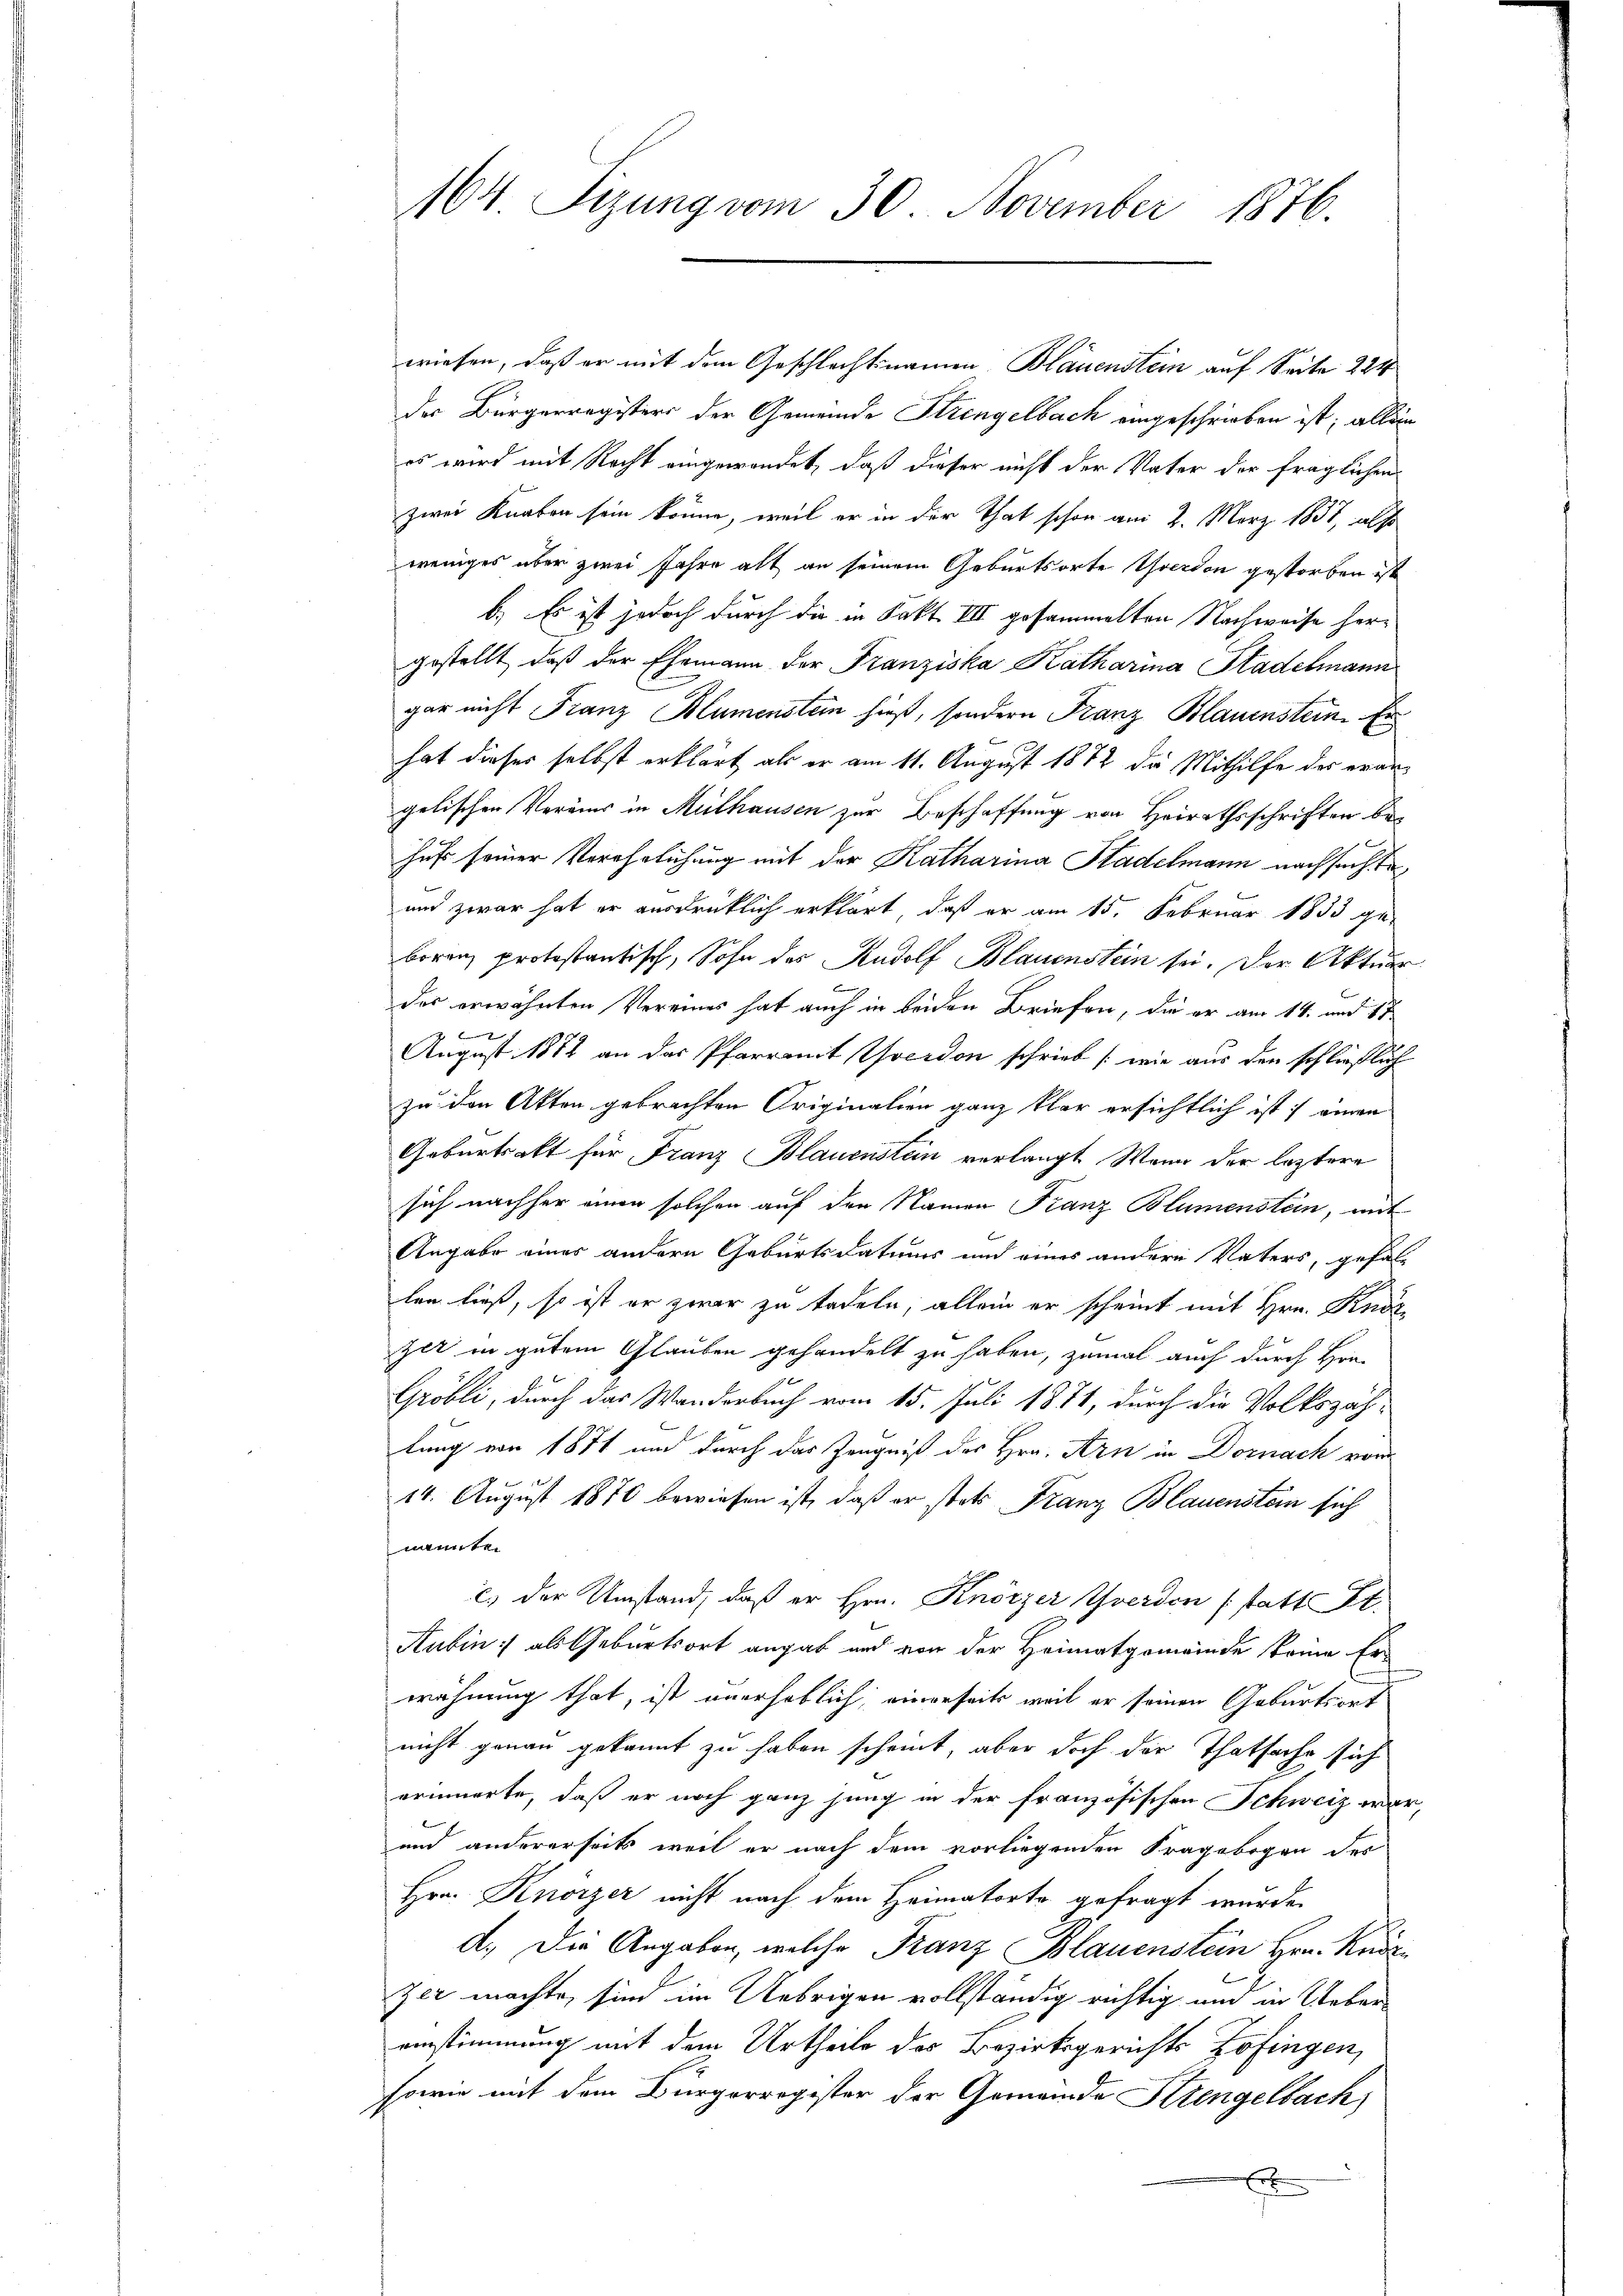
164. Sizung vom 30. November 1876.

wiesen, daß er mit dem Geschlecht namen Blauenstein auf Seite 224
der Bürgerregisters der Gemeinde Strengelbach eingeschrieben ist; allein
es wird mit Recht eingewendet, daß dieser nicht der Vater der fraglichen
zwei Knaben sein könne, weil er in der That schon am 2. März 1837, also
weniges über zwei Jahre alt an seinem Geburtsorte verdon gestorben ist
b.) Es ist jedoch durch die in Fakt III gesammelten Nachweise hergestellt, daß der Ehemann der Franziska Katharina Stadelmann
gar nicht Franz Blumenstein hieß, sondern Franz Blauenstein. Er
hat dieses selbst erklärt als er am 11. August 1872 die Mithilfe des erangelischen Vereins in Mülhausen zur Beschaffung von Heirathsschriften bes
hufs seiner Verehrlichung mit der Katharina Stadelmann nachsuchte
und zwar hat er ausdrücklich erklärt, daß er am 15. Februar 1833 geboren protestantisch, Sohn des Rudolf Blauenstein sei. Der Aktuar
.
das erwähnten Vereines hat auch in beiden Briefen, die er am 14. und 17
.
August 1871 an das Pfarramt Hocedon schrieb (wie aus den schließlich
zu den Akten gebrachten Originalien ganz klar ersichtlich ist einen
Geburtsakt für Franz Blauenstein verlangt. Wenn der leztere
sich nachher einen solchen auf den Namen Franz Blumenstein, mit
Angabe einer andern Geburtsdatums und eines andere Vaters, gefallen ließ, so ist er zwar zu tadeln, allein er scheint mit Hrn. Reda
Zit in gutem Glauben gehandelt zu haben, zumal auch durch Hrn
Gröbli, durch das Wanderbuch vom 15. Juli 1871, durch die Volkszäh-
lung von 1871 und durch das Zeugniß des Hrn. Arn in Dornach vom
14. August 1870 bewiesen ist, daß er stets Franz Blauenstein sich
nannte.
c. der Umstand, daß er Hrn. Knörzer Yverden (statt St.
Aubin als Geburtsort angab und von der Heimatgemeinde keine Erwähnung that, ist unerheblich, einerseits weil er seinen Geburtsort
nicht genau gekannt zu haben scheint, aber doch der Thatsache sich
erinnerte, daß er noch ganz jung in der französischen Schweiz war,
und andererseits weil er nach dem vorliegenden Fragebogen des
Hrn. Knorzer nicht nach dem Heimatorte gefragt wurde.
d.) Die Angaben, welche Franz Blauenstein Hrn. Kusizer machte, sind im Uebrigen vollständig richtig, und in Uebereinstimmung mit dem Urtheile des Bezirksgerichts Zofingen,
sowie mit dem Bürgerregister der Gemeinde Strengelbach)
x